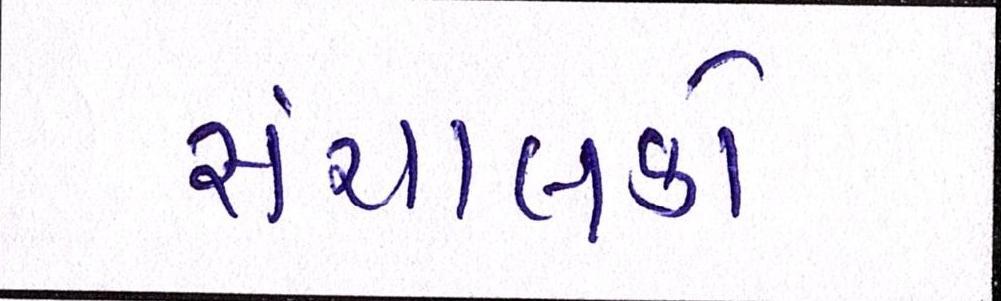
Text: સંચાલકો